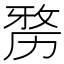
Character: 𠢐